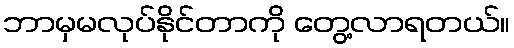
ဘာမှမလုပ်နိုင်တာကို တွေ့လာရတယ်။